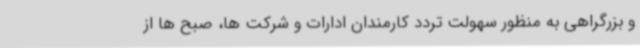
و بزرگراهی به منظور سهولت تردد کارمندان ادارات و شرکت ها، صبح ها از